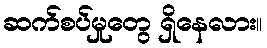
ဆက်စပ်မှုတွေ ရှိနေလား။